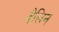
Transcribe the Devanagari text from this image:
वैलिन